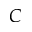
C